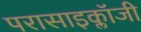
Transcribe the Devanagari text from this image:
परासाइक्लॉजी